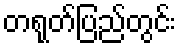
တရုတ်ပြည်တွင်း